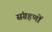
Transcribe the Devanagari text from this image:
संग्रहणों